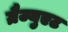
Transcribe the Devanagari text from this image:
ग्रैज्युएट